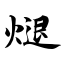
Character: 煺